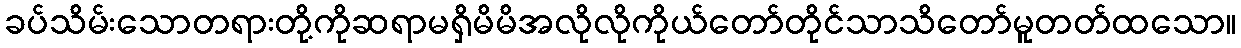
ခပ်သိမ်းသောတရားတို့ကိုဆရာမရှိမိမိအလိုလိုကိုယ်တော်တိုင်သာသိတော်မူတတ်ထသော။